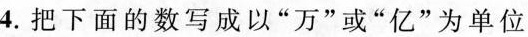
4.把下面的数写成以”万”或”亿”为单位